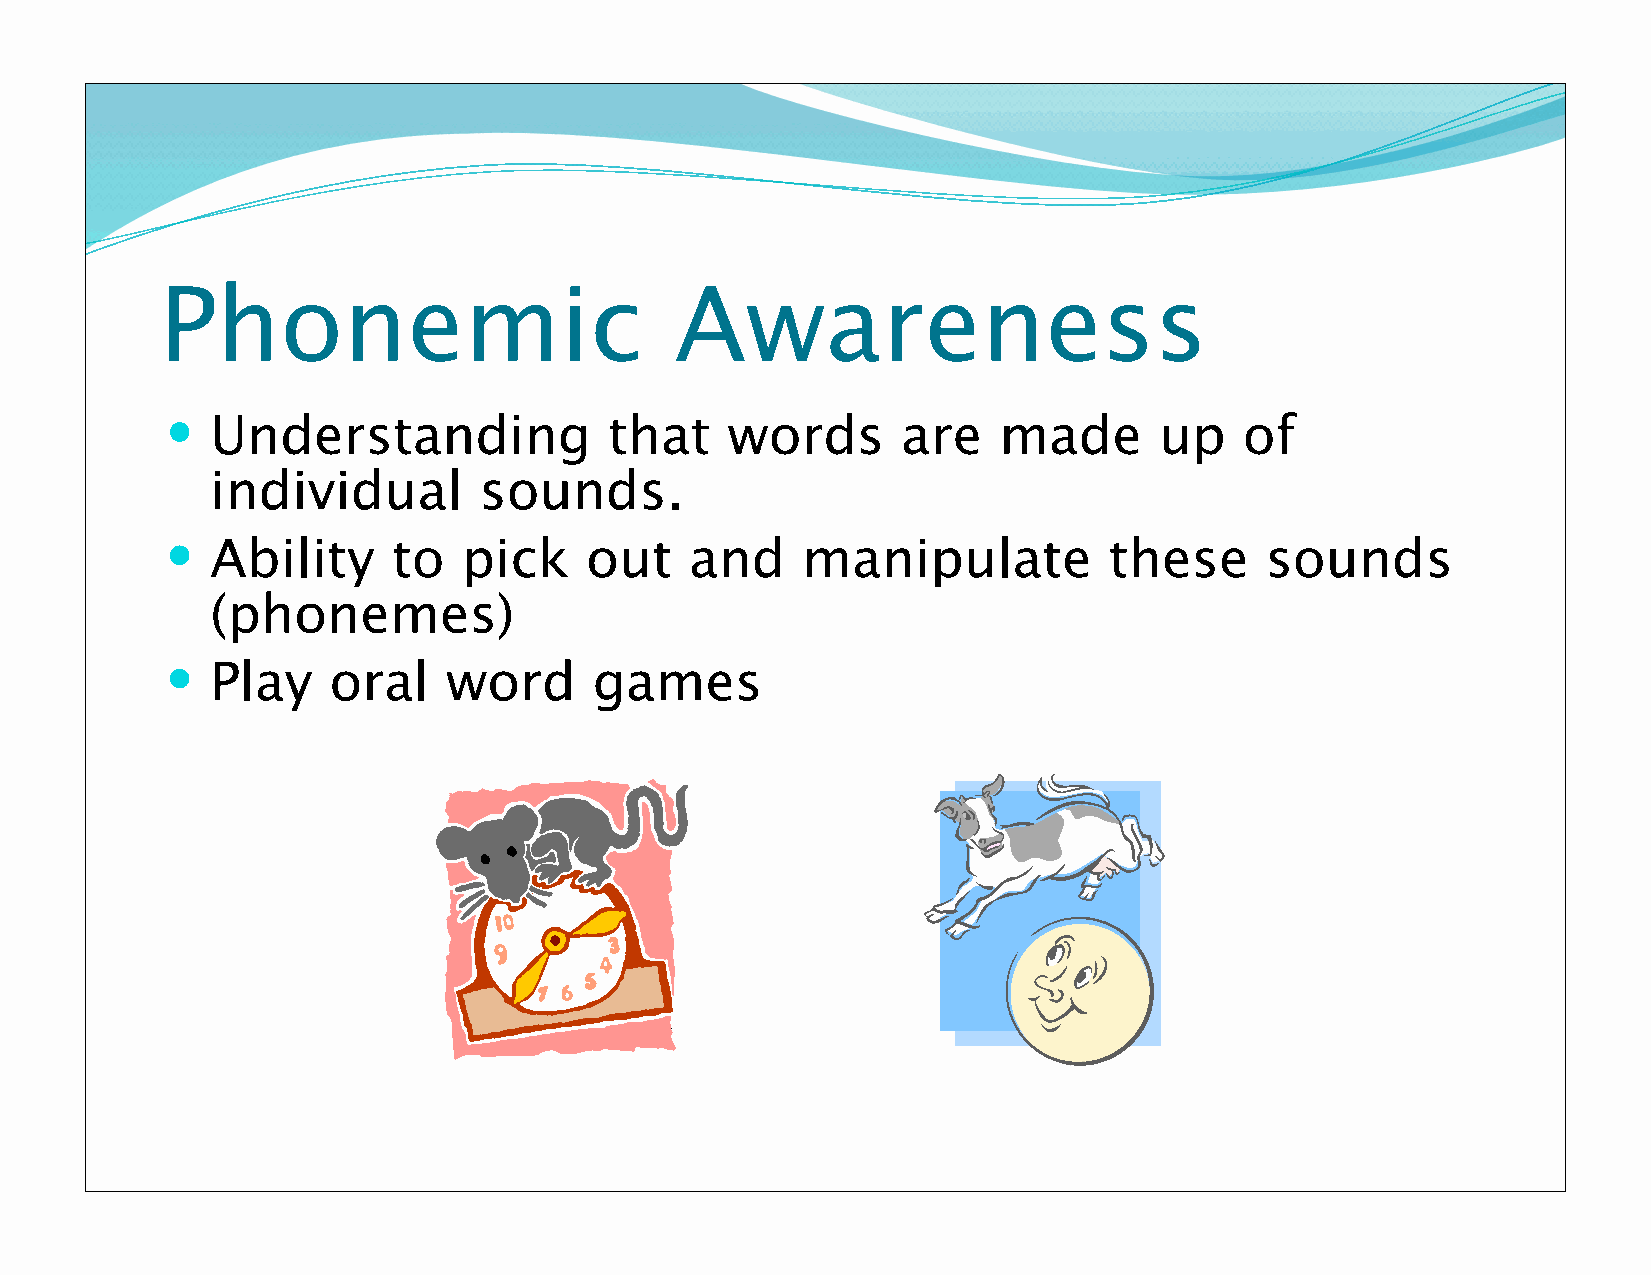
Phonemic                          Awareness
   Understanding             that    words       are   made       up   of
 individual        sounds.
   Ability     to   pick    out    and    manipulate          these      sounds
 (phonemes)
   Play    oral    word     games